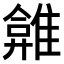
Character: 𩀂